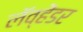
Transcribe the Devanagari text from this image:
लॅव्हेंडर